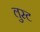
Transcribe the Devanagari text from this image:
लुस्ट